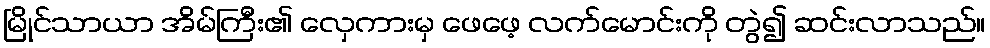
မြိုင်သာယာ အိမ်ကြီး၏ လှေကားမှ ဖေဖေ့ လက်မောင်းကို တွဲ၍ ဆင်းလာသည်။